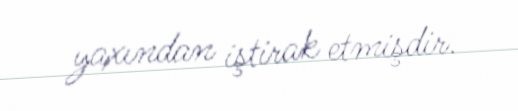
yaxından iştirak etmişdir.